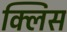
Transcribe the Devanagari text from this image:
क्लिस